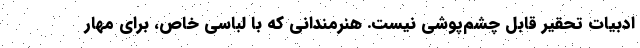
ادبیات تحقیر قابل چشم‌پوشی نیست. هنرمندانی که با لباسی خاص، برای مهار